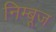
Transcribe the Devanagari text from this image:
निम्बूज